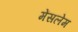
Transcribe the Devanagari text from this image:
मेंसलेम